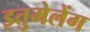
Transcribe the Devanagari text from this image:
इतुमेलेंग